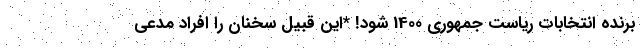
برنده انتخابات ریاست جمهوری 1400 شود! *این قبیل سخنان را افراد مدعی